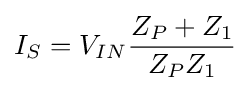
I_{S}=V_{IN}{\frac {Z_{P}+Z_{1}}{Z_{P}Z_{1}}}